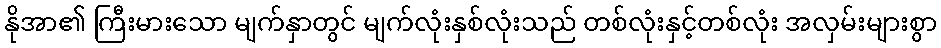
နိုအာ၏ ကြီးမားသော မျက်နှာတွင် မျက်လုံးနှစ်လုံးသည် တစ်လုံးနှင့်တစ်လုံး အလှမ်းများစွာ